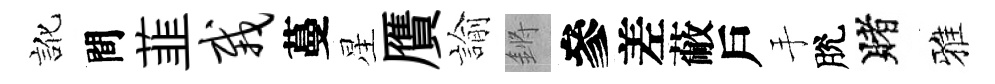
訛間韮栽蔓星贋諭鏘參差蔽戶手脫賭雅